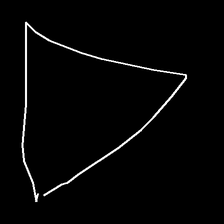
Glyph: convergence